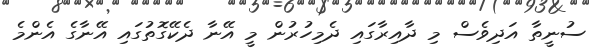
ސުނީތާ އަދިވެސް މި ދާއިރާގައި ދެމިހުރުން މީ އޭނާ ދެކޭގޮތުގައި އޭނާގެ އެންމެ